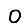
Digit: 0